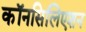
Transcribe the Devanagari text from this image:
कॉनसिलिएशन